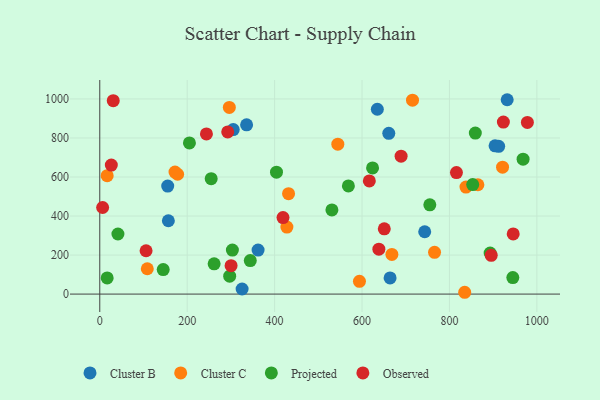
{"axis": {"x": "Investment", "y": "Sales"}, "legend": ["Cluster B", "Cluster C", "Observed", "Projected"], "data": [{"x": "904.4", "y": 759.7, "type": "Cluster B"}, {"x": "305.3", "y": 843.2, "type": "Cluster B"}, {"x": "932.1", "y": 996.1, "type": "Cluster B"}, {"x": "912.6", "y": 757.4, "type": "Cluster B"}, {"x": "635.0", "y": 947.4, "type": "Cluster B"}, {"x": "664.2", "y": 82.6, "type": "Cluster B"}, {"x": "155.4", "y": 553.5, "type": "Cluster B"}, {"x": "743.4", "y": 319.5, "type": "Cluster B"}, {"x": "661.2", "y": 823.9, "type": "Cluster B"}, {"x": "362.2", "y": 225.6, "type": "Cluster B"}, {"x": "335.9", "y": 867.5, "type": "Cluster B"}, {"x": "325.6", "y": 26.2, "type": "Cluster B"}, {"x": "156.9", "y": 375.9, "type": "Cluster B"}, {"x": "834.9", "y": 9.3, "type": "Cluster C"}, {"x": "431.9", "y": 514.8, "type": "Cluster C"}, {"x": "428.1", "y": 343.2, "type": "Cluster C"}, {"x": "544.6", "y": 768.4, "type": "Cluster C"}, {"x": "178.1", "y": 614.2, "type": "Cluster C"}, {"x": "715.5", "y": 993.6, "type": "Cluster C"}, {"x": "16.9", "y": 606.7, "type": "Cluster C"}, {"x": "296.4", "y": 956.4, "type": "Cluster C"}, {"x": "765.9", "y": 213.8, "type": "Cluster C"}, {"x": "921.5", "y": 650.6, "type": "Cluster C"}, {"x": "172.1", "y": 625.2, "type": "Cluster C"}, {"x": "108.7", "y": 129.9, "type": "Cluster C"}, {"x": "865.1", "y": 560.3, "type": "Cluster C"}, {"x": "594.1", "y": 65.6, "type": "Cluster C"}, {"x": "837.8", "y": 548.4, "type": "Cluster C"}, {"x": "668.3", "y": 203.4, "type": "Cluster C"}, {"x": "16.9", "y": 82.6, "type": "Projected"}, {"x": "297.2", "y": 91.9, "type": "Projected"}, {"x": "531.1", "y": 431.3, "type": "Projected"}, {"x": "945.0", "y": 84.8, "type": "Projected"}, {"x": "303.4", "y": 225.6, "type": "Projected"}, {"x": "261.6", "y": 154.9, "type": "Projected"}, {"x": "344.3", "y": 171.8, "type": "Projected"}, {"x": "568.8", "y": 554.1, "type": "Projected"}, {"x": "404.3", "y": 624.9, "type": "Projected"}, {"x": "859.2", "y": 825.3, "type": "Projected"}, {"x": "145.1", "y": 125.5, "type": "Projected"}, {"x": "624.1", "y": 646.8, "type": "Projected"}, {"x": "755.1", "y": 457.4, "type": "Projected"}, {"x": "254.9", "y": 591.4, "type": "Projected"}, {"x": "41.5", "y": 308.0, "type": "Projected"}, {"x": "205.1", "y": 774.5, "type": "Projected"}, {"x": "968.5", "y": 691.2, "type": "Projected"}, {"x": "893.1", "y": 210.3, "type": "Projected"}, {"x": "853.2", "y": 561.2, "type": "Projected"}, {"x": "689.4", "y": 707.0, "type": "Observed"}, {"x": "292.7", "y": 831.0, "type": "Observed"}, {"x": "105.9", "y": 222.1, "type": "Observed"}, {"x": "945.9", "y": 308.5, "type": "Observed"}, {"x": "616.7", "y": 579.9, "type": "Observed"}, {"x": "244.0", "y": 820.9, "type": "Observed"}, {"x": "816.0", "y": 622.8, "type": "Observed"}, {"x": "300.4", "y": 145.7, "type": "Observed"}, {"x": "895.6", "y": 198.6, "type": "Observed"}, {"x": "6.5", "y": 443.7, "type": "Observed"}, {"x": "978.3", "y": 879.6, "type": "Observed"}, {"x": "419.2", "y": 392.0, "type": "Observed"}, {"x": "30.8", "y": 991.4, "type": "Observed"}, {"x": "650.9", "y": 334.3, "type": "Observed"}, {"x": "638.5", "y": 230.3, "type": "Observed"}, {"x": "923.4", "y": 881.8, "type": "Observed"}, {"x": "26.4", "y": 661.1, "type": "Observed"}]}